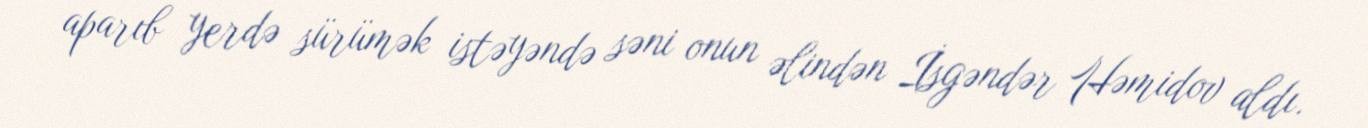
aparıb yerdə sürümək istəyəndə səni onun əlindən İsgəndər Həmidov aldı.